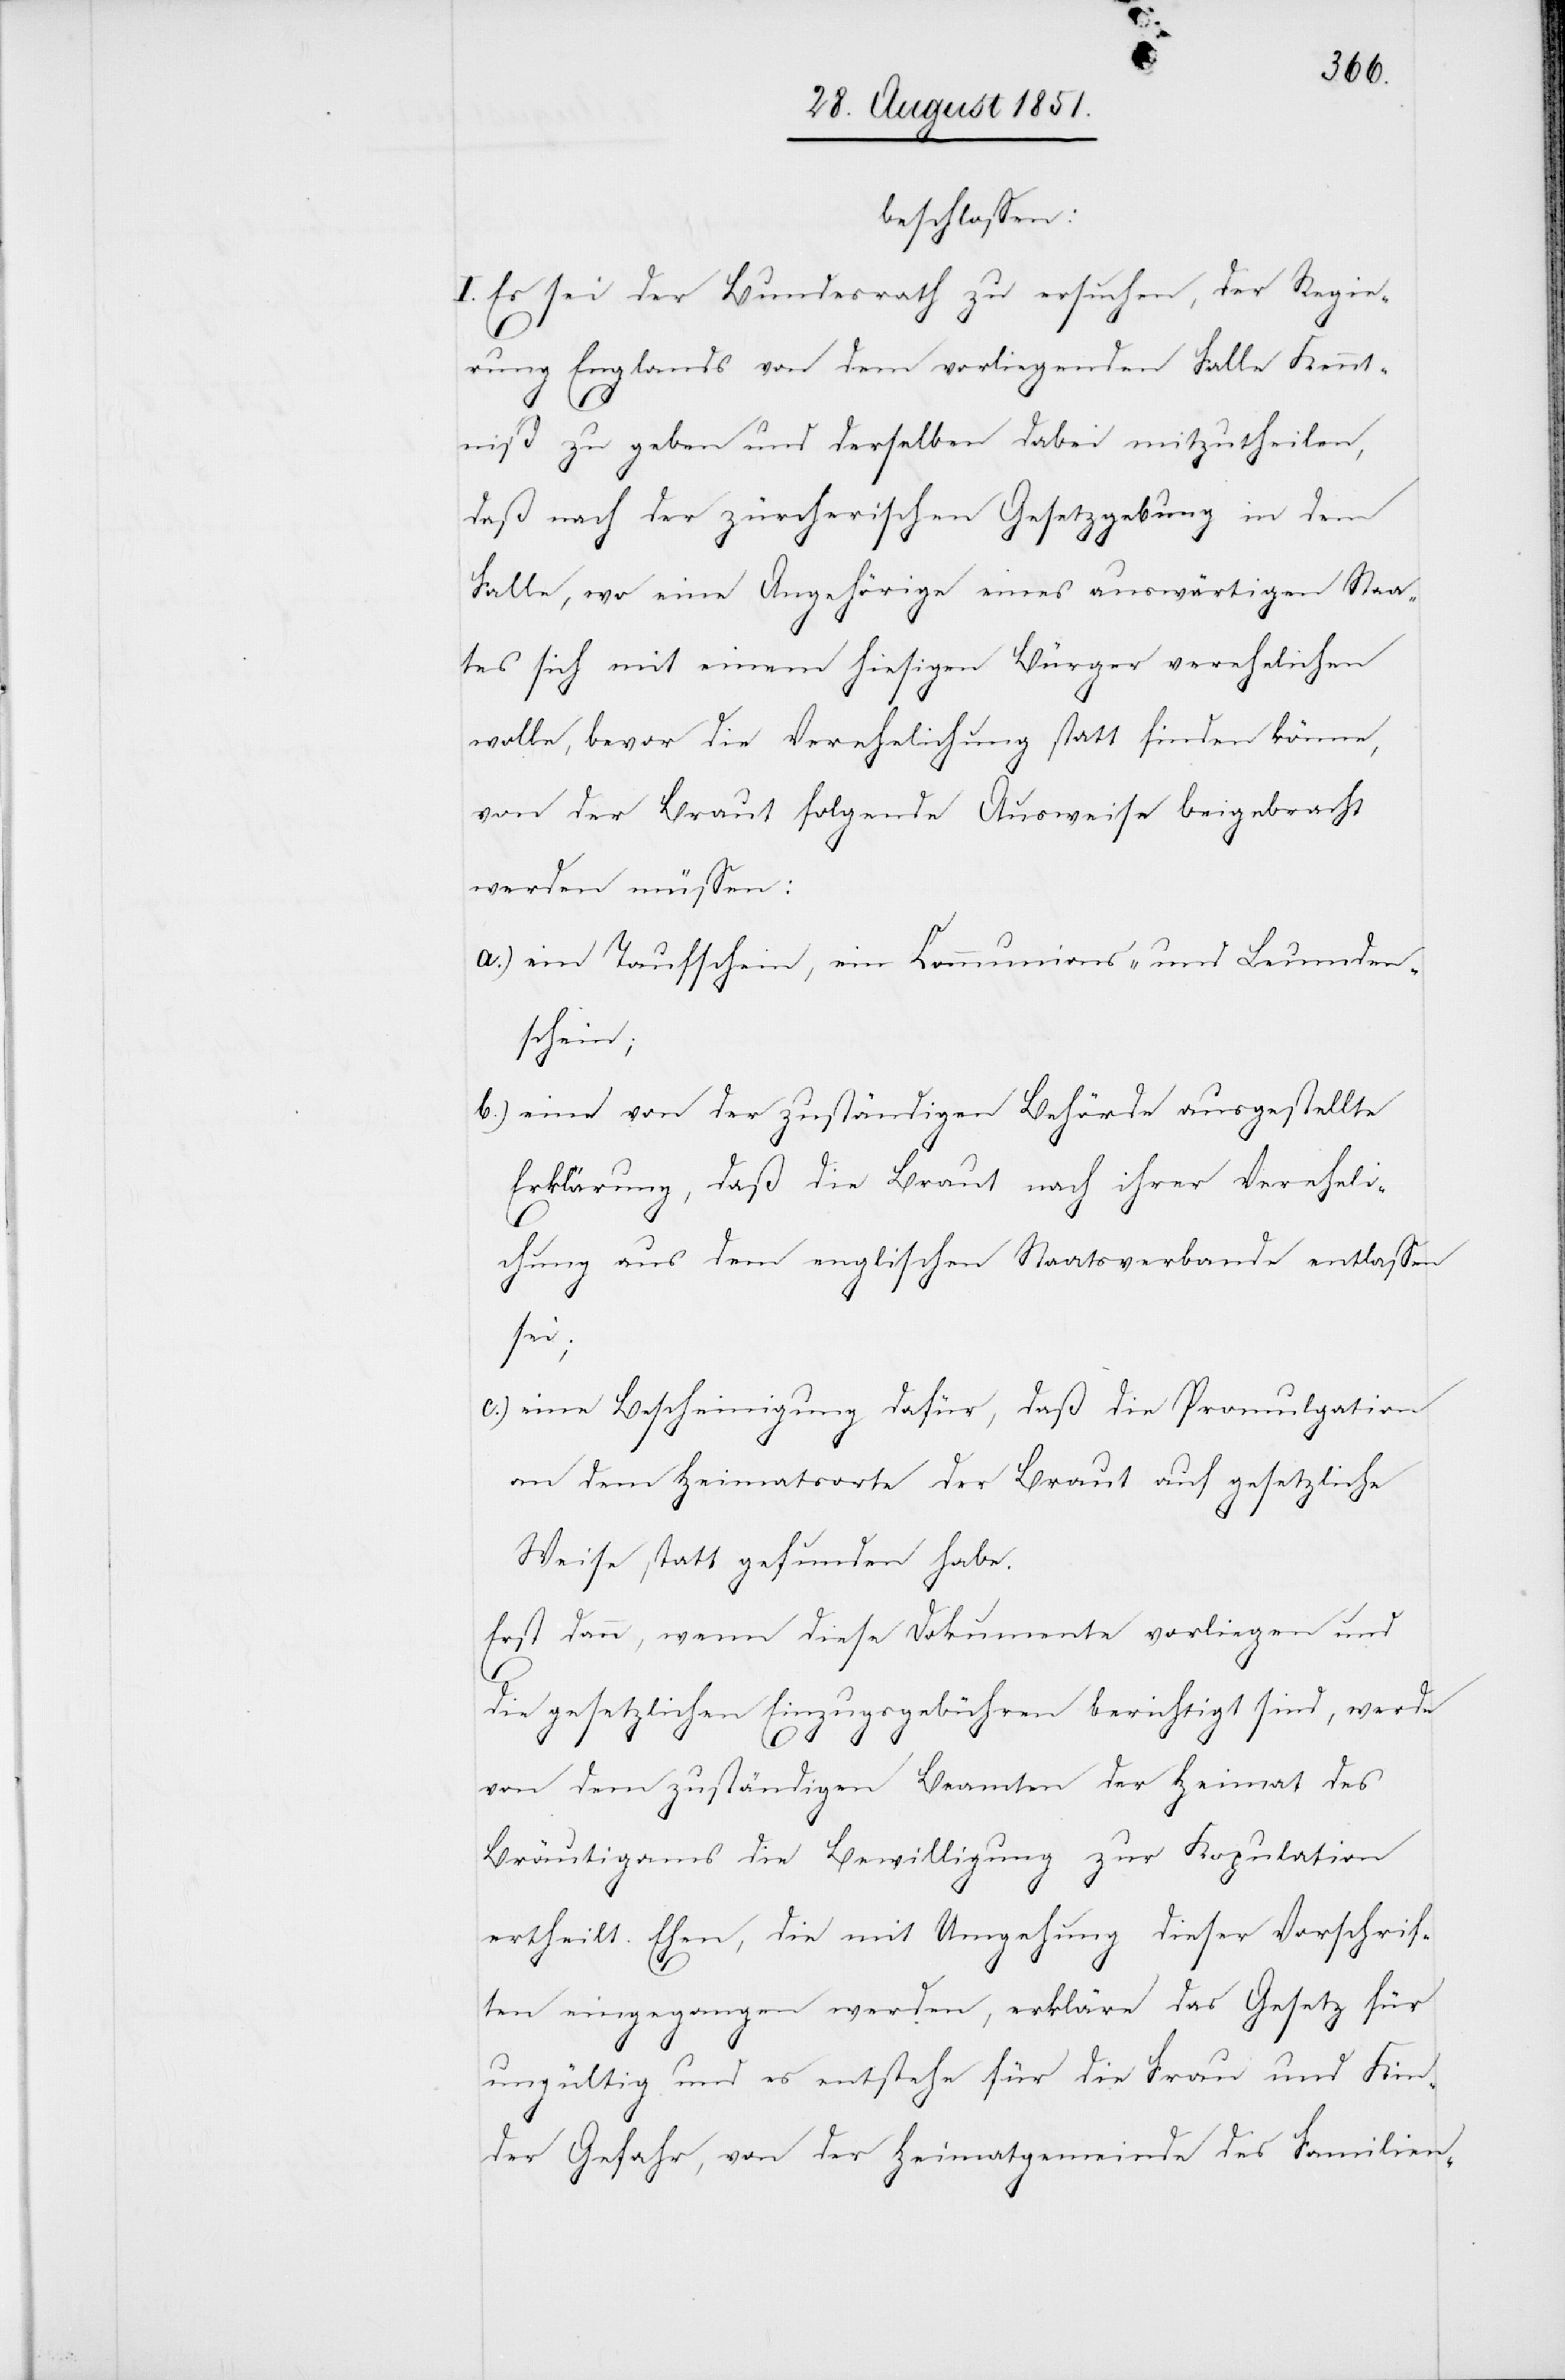
beschlossen:
I. Es sei der Bundesrath zu ersuchen, der Regie¬
rung Englands von dem vorliegenden Falle Kennt¬
niß zu geben und derselben dabei mitzutheilen,
daß nach der zürcherischen Gesetzgebung in dem
Falle, wo eine Angehörige eines auswärtigen Staa¬
tes sich mit einem hiesigen Bürger verehelichen
wolle, bevor die Verehelichung statt finden könne,
von der Braut folgende Ausweise beigebracht
werden müssen:
ein Taufschein, ein Communions- und Leumden¬
schein;
eine von der zuständigen Behörde ausgestellte
Erklärung, daß die Braut nach ihrer Vereheli¬
chung aus dem englischen Staatsverbande entlassen
sei;
eine Bescheinigung dafür, daß die Promulgation
an dem Heimatsorte der Braut auf gesetzliche
Weise statt gefunden habe.
Erst dann, wenn diese Dokumente vorliegen und
die gesetzlichen Einzugsgebühren berichtigt sind, werde
von dem zuständigen Beamten der Heimat des
Bräutigams die Bewilligung zur Kopulation
ertheilt. Ehen, die mit Umgehung dieser Vorschrif¬
ten eingegangen werden, erkläre das Gesetz für
ungültig und es entstehe für die Frau und Kin¬
der Gefahr, von der Heimatgemeinde des Familien-